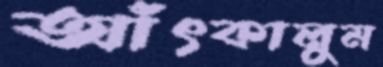
আঁৎকালুম